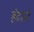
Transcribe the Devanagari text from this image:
हंटरने